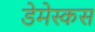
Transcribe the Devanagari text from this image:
डेमेस्कस